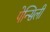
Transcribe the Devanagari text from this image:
पेन्सिली